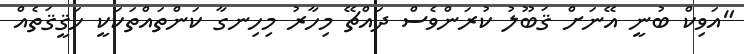
"އަވިކް ބުނީ އޭނަަށް ޤަބޫލު ކުރަންވެސް ދައްޗޭ މިހާރު މިހިނގާ ކަންތައްތަކަކީ ހަޤީޤަތެއް